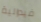
فيدرالية